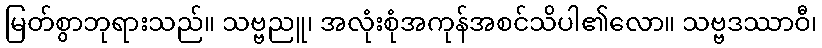
မြတ်စွာဘုရားသည်။ သဗ္ဗညူ၊ အလုံးစုံအကုန်အစင်သိပါ၏လော။ သဗ္ဗဒဿာဝီ၊